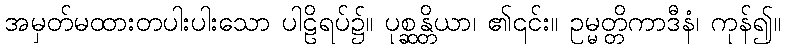
အမှတ်မထားတပါးပါးသော ပါဠိရပ်၌။ ပုစ္ဆန္တိယာ၊ ၏၎င်း။ ဥမ္မတ္တိကာဒီနံ၊ ကုန်၍။